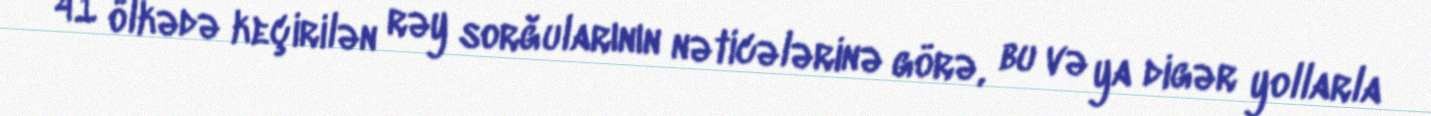
41 ölkədə keçirilən rəy sorğularının nəticələrinə görə, bu və ya digər yollarla